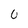
Character: 0